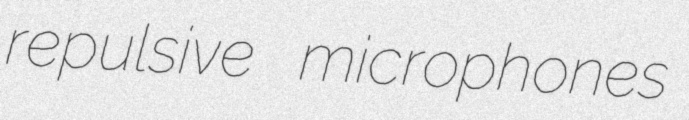
repulsive microphones